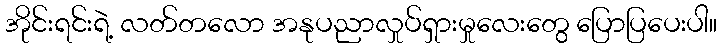
အိုင်းရင်းရဲ့ လတ်တလော အနုပညာလှုပ်ရှားမှုလေးတွေ ပြောပြပေးပါ။